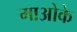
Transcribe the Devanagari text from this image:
माओके